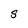
Character: S